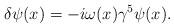
LaTeX: \begin{align*}\delta\psi(x)=-i\omega(x)\gamma^5\psi(x).\end{align*}